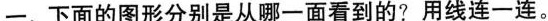
一、下面的图形分别是从哪一面看到的? 用线连一连。